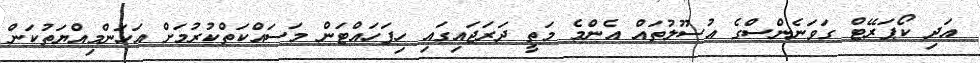
އަދި ކޯޕަރޭޓް ގަވަނެންސްގެ އުސޫލުތައް އެންމެ މަތީ ދަރަޖައިގައި ހިފަހައްޓަން މަސައްކަތްކުރުމަށް އަހަންމިއްޔަތުކަން